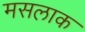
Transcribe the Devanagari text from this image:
मसलाक